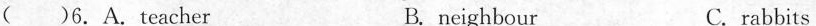
( )6.A. Teacher B. neighbour C.rabbits